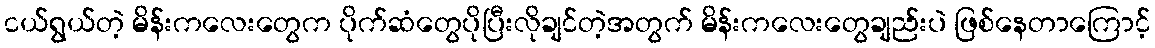
ငယ်ရွယ်တဲ့ မိန်းကလေးတွေက ပိုက်ဆံတွေပိုပြီးလိုချင်တဲ့အတွက် မိန်းကလေးတွေချည်းပဲ ဖြစ်နေတာကြောင့်